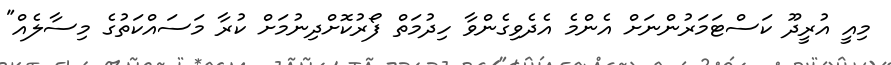
މިއީ އުރީދޫ ކަސްޓަމަރުންނަށް އެންމެ އެދެވިގެންވާ ހިދުމަތް ފޯރުކޮށްދިނުމަށް ކުރާ މަސައްކަތުގެ މިސާލެއް"